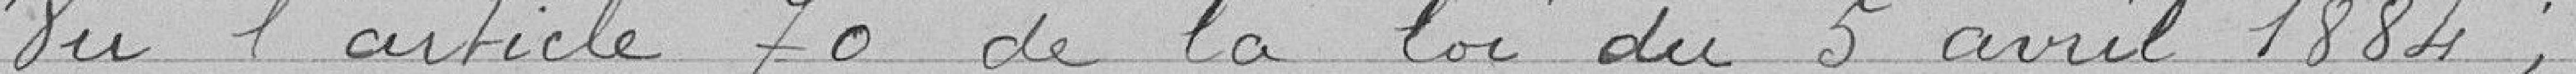
Vu l'article 70 de la loi du 5 avril 1884 ;